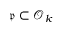
{ \mathfrak { p } } \subset { \mathcal { O } } _ { k }